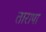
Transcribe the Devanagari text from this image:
तारापा